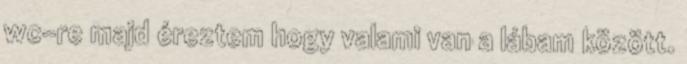
wc-re majd éreztem hogy valami van a lábam között.